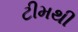
ટીમથી